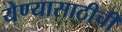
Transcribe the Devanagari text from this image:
येण्यासाठीची